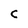
Character: C